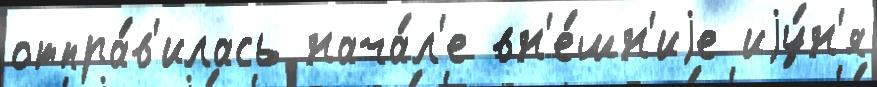
отпра́в'илась нача́л'е вн'е́шн'иjе иjу́н'я